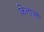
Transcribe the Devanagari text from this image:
किलाओं